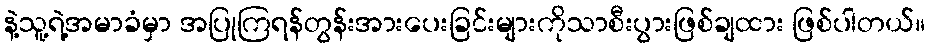
နဲ့သူ့ရဲ့အမာခံမှာ အပြုကြရန်တွန်းအားပေးခြင်းများကိုသာစီးပွားဖြစ်ချထား ဖြစ်ပါတယ်။